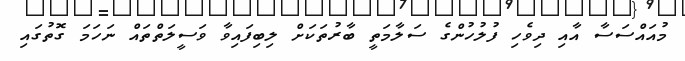
މުއައްސަސާ އާއި ދިވެހި ފުލުހުންގެ ސަލާމަތީ ބާރުތަކަށް ލިބިފައިވާ ވަސީލަތްތައް ނަހަމަ ގޮތުގައި